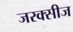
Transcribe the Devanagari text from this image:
जरक्सीज